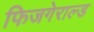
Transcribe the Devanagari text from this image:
फिजगेराल्ड